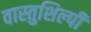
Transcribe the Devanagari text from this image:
वास्‍तुशिल्‍पी